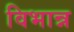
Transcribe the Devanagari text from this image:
विभान्न